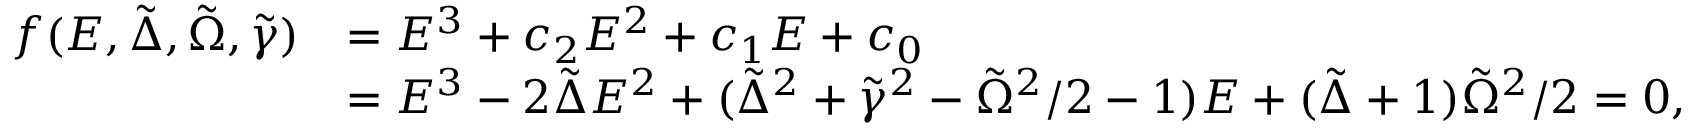
\begin{array} { r l } { f ( E , \tilde { \Delta } , \tilde { \Omega } , \tilde { \gamma } ) } & { = E ^ { 3 } + c _ { 2 } E ^ { 2 } + c _ { 1 } E + c _ { 0 } } \\ & { = E ^ { 3 } - 2 \tilde { \Delta } E ^ { 2 } + ( \tilde { \Delta } ^ { 2 } + \tilde { \gamma } ^ { 2 } - \tilde { \Omega } ^ { 2 } / 2 - 1 ) E + ( \tilde { \Delta } + 1 ) \tilde { \Omega } ^ { 2 } / 2 = 0 , } \end{array}